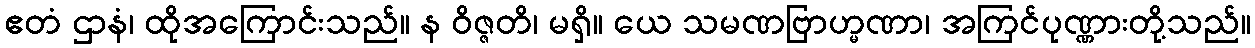
ဧတံ ဌာနံ၊ ထိုအကြောင်းသည်။ န ဝိဇ္ဇတိ၊ မရှိ။ ယေ သမဏဗြာဟ္မဏာ၊ အကြင်ပုဏ္ဏားတို့သည်။